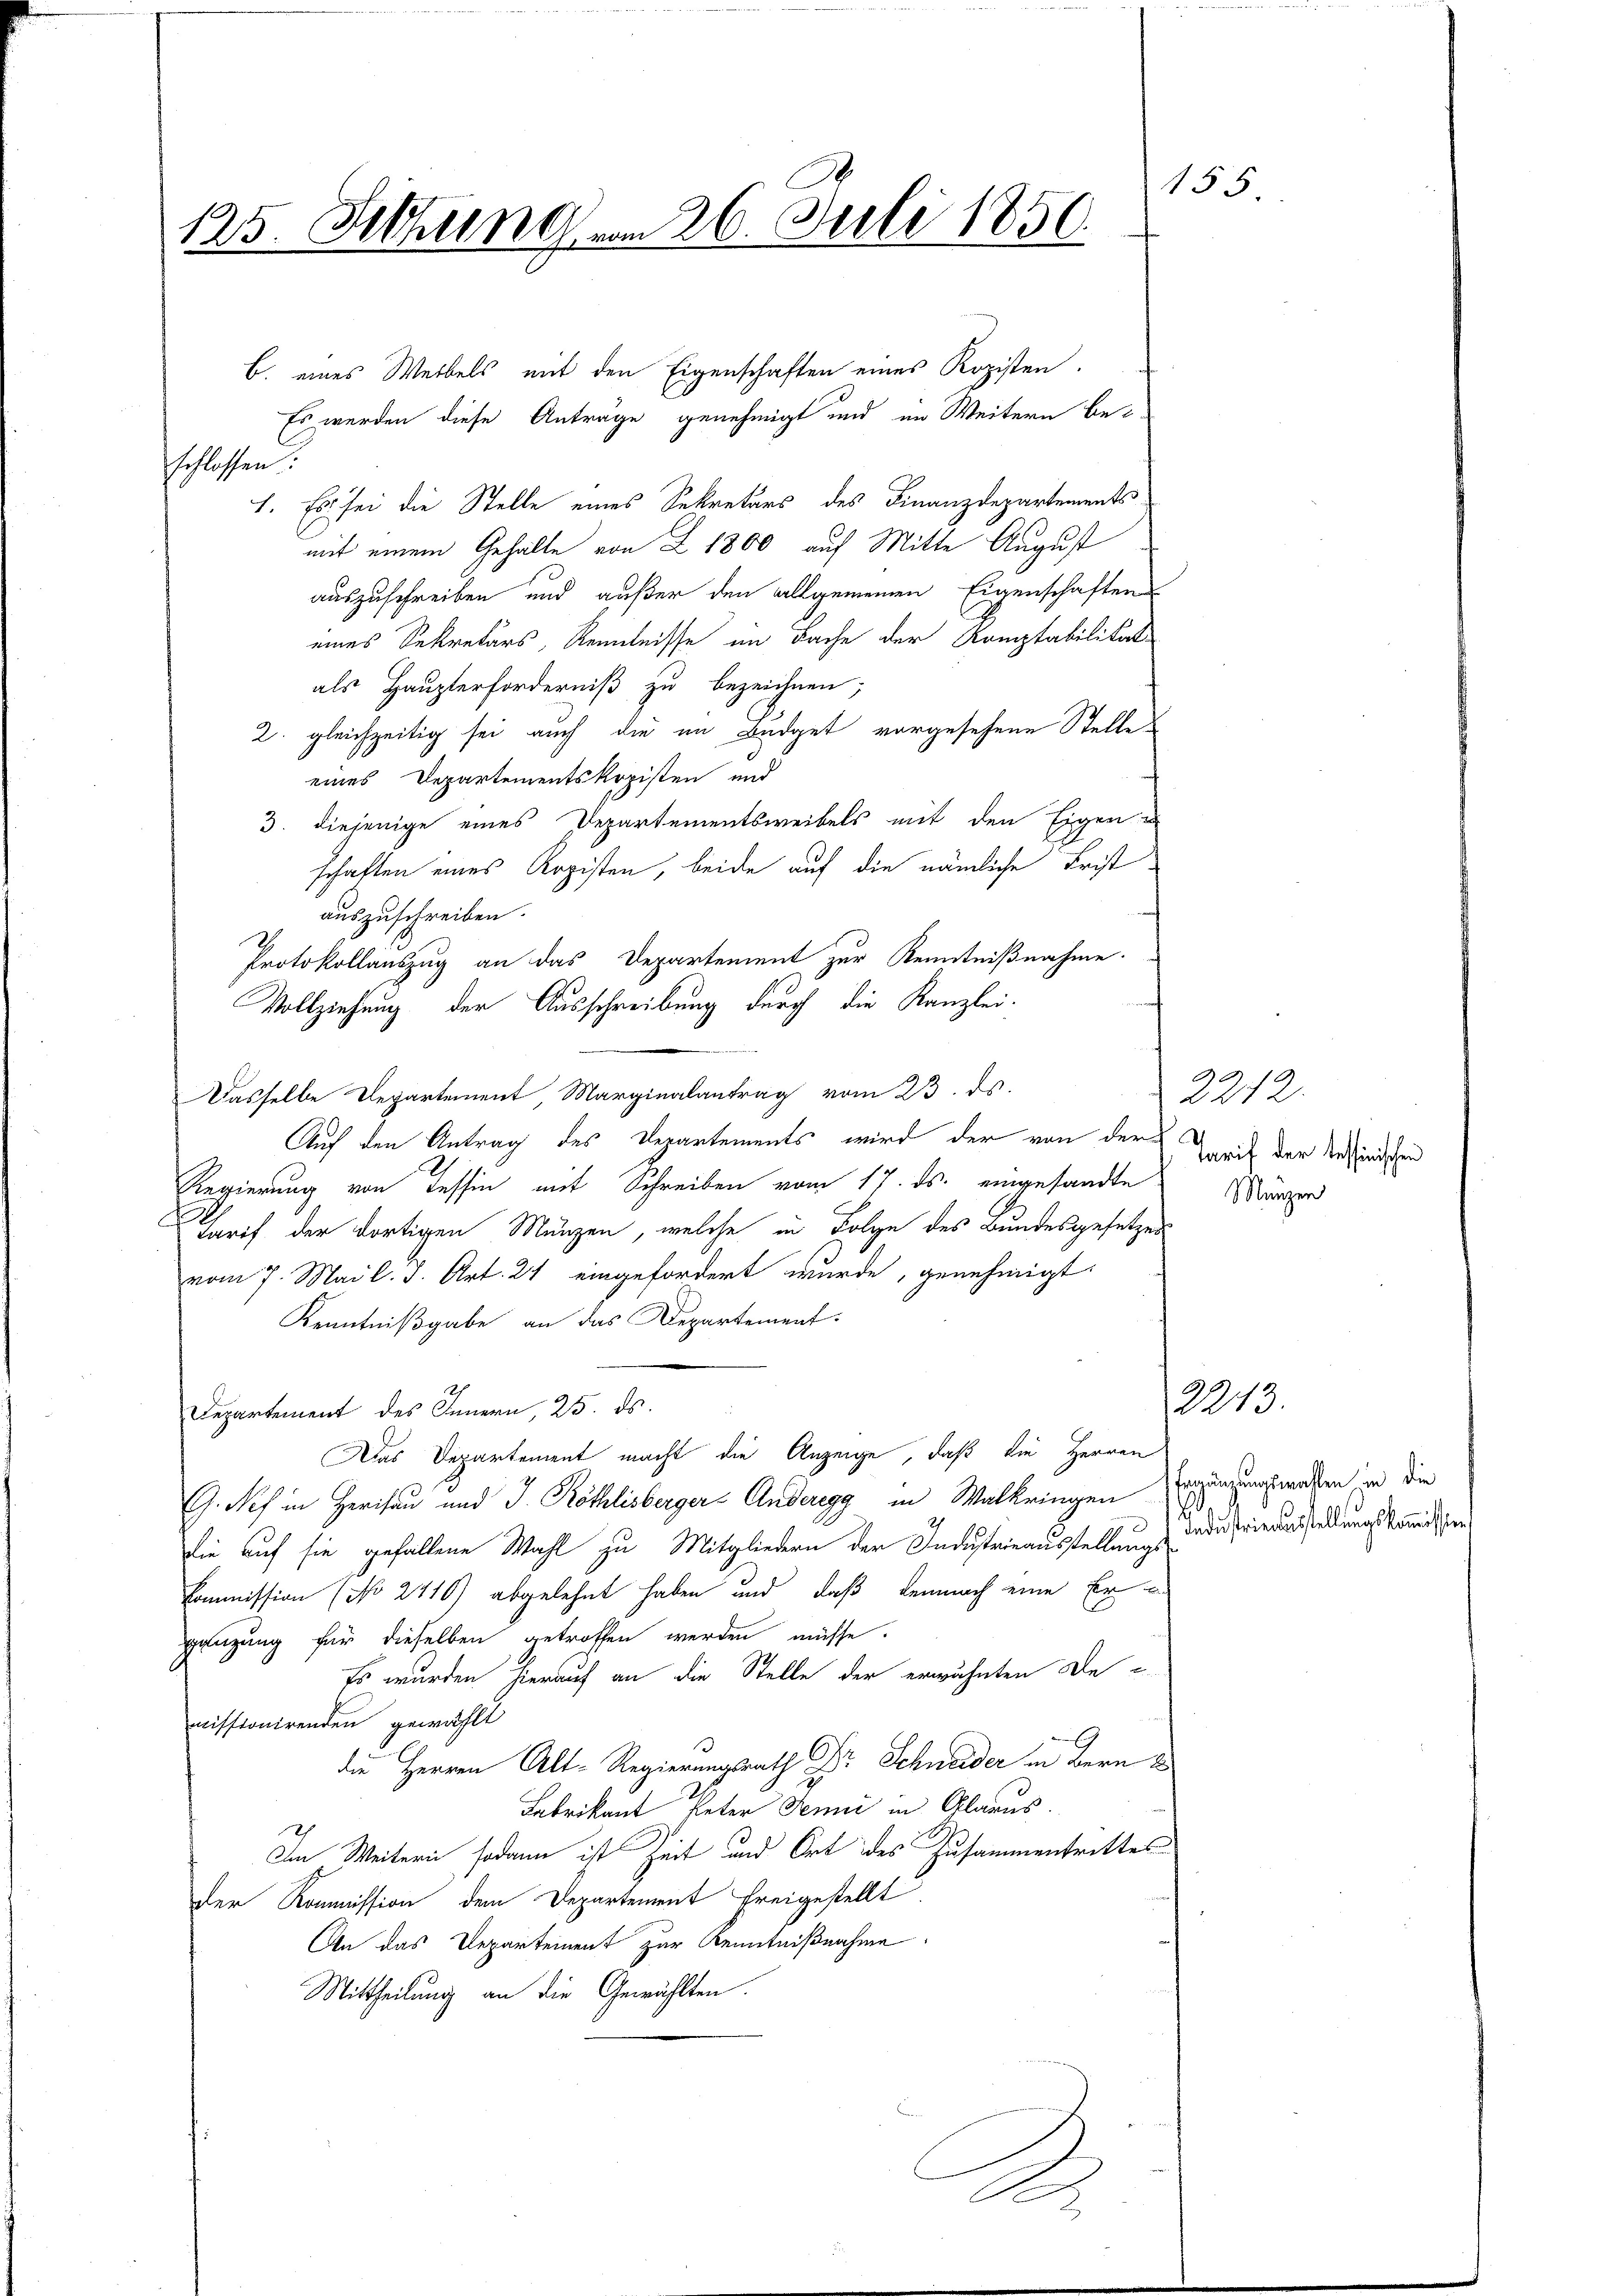
125. Sitzung vom 26. Juli 1850.

Es werden diese Anträge genehmigt und im Weitern beschlossen:
1. Es sei die Stelle eines Sekretärs des Finanzdepartements
mit einem Gehalte von Z 1800 auf Mitte August
auszuschreiben und außer den allgemeinen Eigenschaften
eines Sekretärs, Kenntnisse im Fache der Komptabilitäts
als Haupterforderniß zu bezeichnen;
2. gleichzeitig sei auch die im Budget vorgesehene Stelle
eines Departementskopisten und
3. diejenige eines Departementsweibels mit den Eigen u
schaften eines Registen, beide auf die nämliche Frist
auszuschreiben.
Protokollauszug an das Departement zur Kenntnißnahme.
Vollziehung der Ausschreibung durch die Kanzlei-
Dasselbe Departement Marginalantrag vom 23. ds.
Auf den Antrag des Departements wird der von der
Regierung von Tessin mit Schreiben vom 17. ds. eingesandte Märzer
Tarif der dortigen Münzen, welche in Folge des Bundesgesetzes
vom 7. Mai l. J. Art. 21 eingefordert wurde, genehmigt
Kenntnißgabe an das Departement.
Departement des Innern, 25. ds.
Das Departement macht die Anzeige, daß die Herren
G. Seh in Herisau und J. Röthlisberger Anderegg in Walkringen eringungswesen in die
die auf sie gefallene Wahl zu Mitgliedern der Industrieausstellung & da du friedensstellungskommißion
Commission (No 2410) abgelehnt haben und daß demnach eine Er
gänzung für dieselben getroffen werden müsse.
Es wurden hierauf an die Stelle der erwähnten Dec
missionirenden gewählt
die Herren Alt-Regierungsrath Dr. Schneider in Bern
Fabrikant Peter Penić in Glarus.
Im Weitern sodann ist Zeit und Ort des Zusammentrittes
der Kommission dem Departement freigestellt
An das Departement zur Kenntnißnahme
Mittheilung an die Gewählten.

b. eines Weibels mit den Eigenschaften eines Ropisten.

A

d

155

2212.
tarif der Tessinischen

2243.